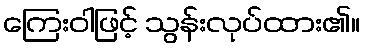
ကြေးဝါဖြင့် သွန်းလုပ်ထား၏။